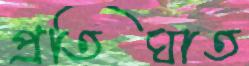
প্রতিঘাত